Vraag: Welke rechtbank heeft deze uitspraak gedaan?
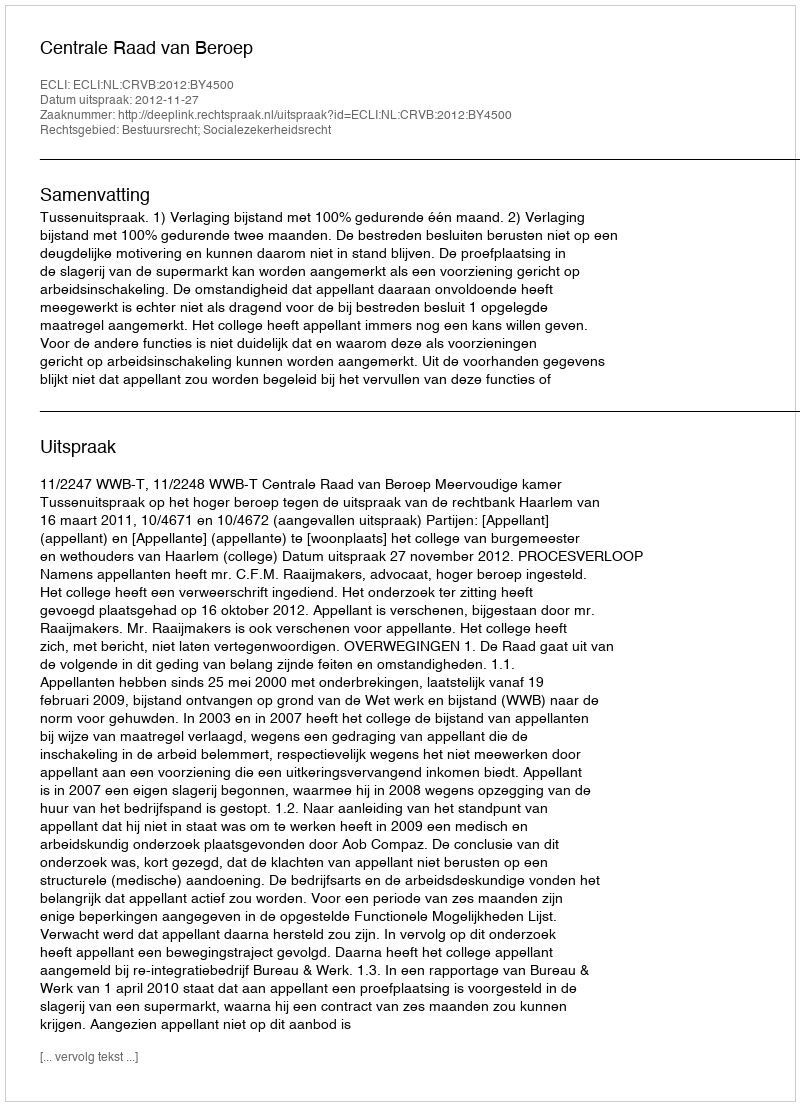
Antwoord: Centrale Raad van Beroep